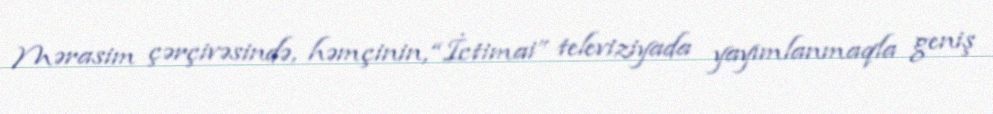
Mərasim çərçivəsində, həmçinin, “İctimai” televiziyada yayımlanmaqla geniş